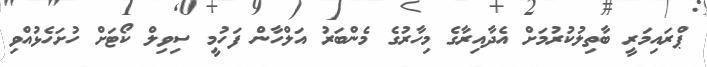
ޕްރައިމަރީ ބާތިލުކުރުމަށް އެދާއިރާގެ މިހާރުގެ މެންބަރު އަލްހާން ފަހުމީ ސިވިލް ކޯޓަށް ހުށަހެޅުއްވި